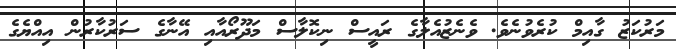
މަރުކަޒު ގާއިމް ކުރެވުނެވެ. ވެނެޒުއެލާގެ ރައީސް ނިކޮލާސް މަދޫރޯއާއި އޭނާގެ ސަރުކާރުން އިއްޔެގެ